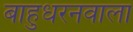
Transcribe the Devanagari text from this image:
बाहुधरनवाला